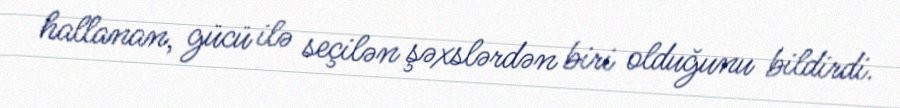
hallanan, gücü ilə seçilən şəxslərdən biri olduğunu bildirdi.